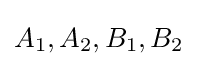
{\textstyle A_{1},A_{2},B_{1},B_{2}}